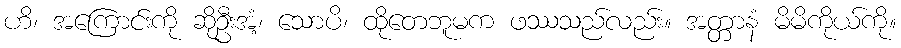
ဟိ၊ အကြောင်းကို ဆိုဦးအံ့၊ သောပိ၊ ထိုတေဘူမက ဖဿသည်လည်း။ အတ္တာနံ မိမိကိုယ်ကို။